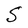
Character: S